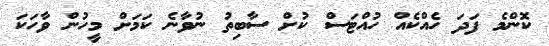
ކޮންމެ ފަދަ ހެއްކެއް ހުއްޓަސް ކުށް ސާބިތު ނުވާނެ ކަމަށް މީހުން ވާހަކަ